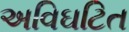
અવિઘટિત